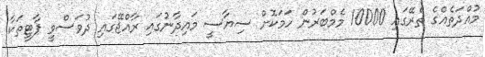
މުއްދަތެއްގެ ތެރޭގައި 10000 މެމްބަރުން ހަމަކޮށް ސިޔާސީ މައިދާނުގައި ރާއްޖޭގައި ދުވަސްވީ ޕާޓީތަކާ